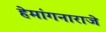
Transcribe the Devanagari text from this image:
हेमांगनाराजे